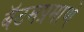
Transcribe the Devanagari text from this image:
बॅटमप्रमाणे